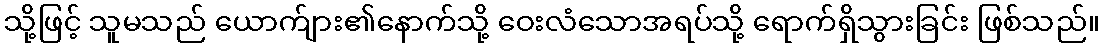
သို့ဖြင့် သူမသည် ယောက်ျား၏နောက်သို့ ဝေးလံသောအရပ်သို့ ရောက်ရှိသွားခြင်း ဖြစ်သည်။